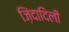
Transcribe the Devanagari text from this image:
ज़िंदादिली